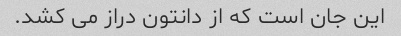
این جان است که از دانتون دراز می کشد.